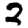
Digit: 2